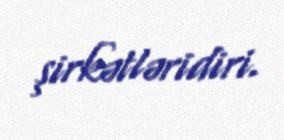
şirkətləridiri.